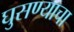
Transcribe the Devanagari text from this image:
घुसण्याचा